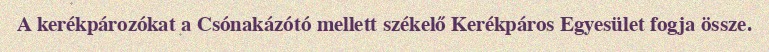
A kerékpározókat a Csónakázótó mellett székelő Kerékpáros Egyesület fogja össze.